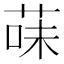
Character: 菋